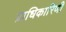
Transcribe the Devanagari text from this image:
प्राधिकारिणी